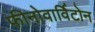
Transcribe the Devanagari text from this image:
फीनोवार्विटोन